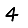
Digit: 4